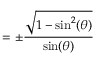
= \pm { \frac { \sqrt { 1 - \sin ^ { 2 } ( \theta ) } } { \sin ( \theta ) } }